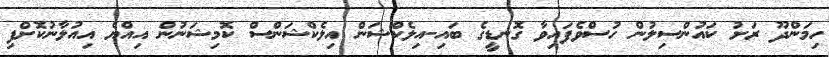
ހިމަންދޫ ރަށު ކައުންސިލުން ހުސްވެފައިވާ ގޮނޑީގެ ބައި-އިލެކްޝަން އިލެކްޝަންސް ކޮމިޝަނުން އިއްޔެ އިއުލާނުކޮށްފި